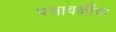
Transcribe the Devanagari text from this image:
पत्रावळींचा